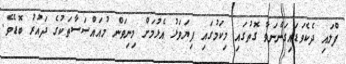
ފްލައި ދެކެވަޑައިގަންނަވާ ގޮތުގައި މިކަމުގައި ފިޔަވަޅު އެޅުމަށް މިނިވަން މުއައްސަސާތަކުގެ ދައުރު ބޮޑެވެ.